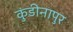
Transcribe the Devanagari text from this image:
कुंडीनापुर